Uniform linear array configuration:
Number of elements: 8
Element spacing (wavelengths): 0.25
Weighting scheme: hann
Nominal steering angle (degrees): -45
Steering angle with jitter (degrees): -46.487
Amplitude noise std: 0.05
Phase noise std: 0.05

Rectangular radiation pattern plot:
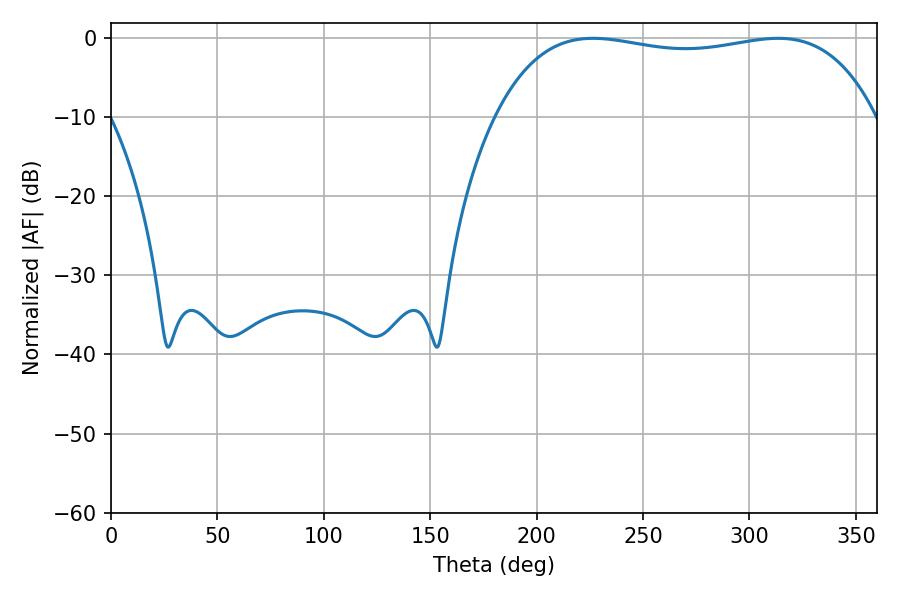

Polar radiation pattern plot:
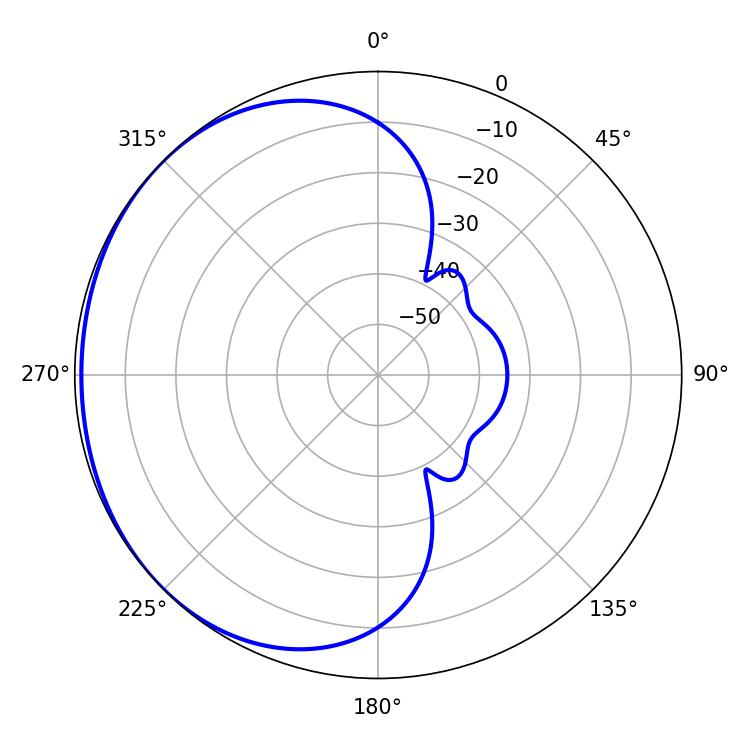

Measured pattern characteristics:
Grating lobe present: FALSE
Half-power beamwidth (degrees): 143.28
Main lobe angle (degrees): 226.44